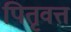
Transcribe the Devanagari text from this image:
पितृवत्त